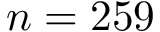
n = 2 5 9